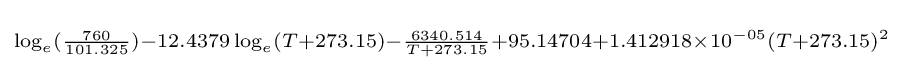
\scriptstyle \log _{e}({\frac {760}{101.325}})-12.4379\log _{e}(T+273.15)-{\frac {6340.514}{T+273.15}}+95.14704+1.412918\times 10^{-05}(T+273.15)^{2}